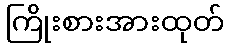
ကြိုးစားအားထုတ်